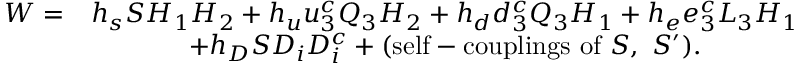
\begin{array} { c c } { { W = } } & { { h _ { s } S H _ { 1 } H _ { 2 } + h _ { u } u _ { 3 } ^ { c } Q _ { 3 } H _ { 2 } + h _ { d } d _ { 3 } ^ { c } Q _ { 3 } H _ { 1 } + h _ { e } e _ { 3 } ^ { c } L _ { 3 } H _ { 1 } } } \\ { { } } & { { + h _ { D } S D _ { i } D _ { i } ^ { c } + ( \mathrm { s e l f - c o u p l i n g s ~ o f } ~ S , ~ S ^ { \prime } ) . } } \end{array}